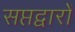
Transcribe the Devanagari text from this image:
सप्तद्वारों